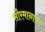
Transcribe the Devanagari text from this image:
सौरमानावर